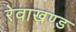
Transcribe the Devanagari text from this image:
रेवाखण्ड